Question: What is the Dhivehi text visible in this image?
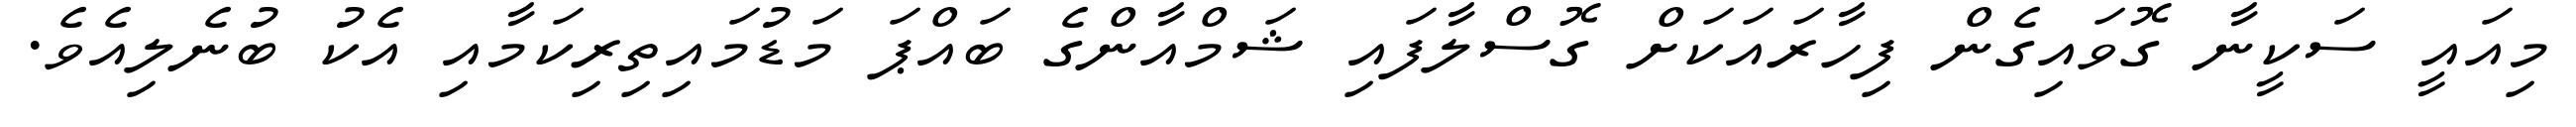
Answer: މިއައީ ސަކީނާ ގޮވައިގެން ފިހާރައަކަށް ގޮސްލާފައި ޝަމްއާންގެ ބައްޕަ މަޑުމައިތިރިކަމާއި އެކު ބުނެލިއެވެ.